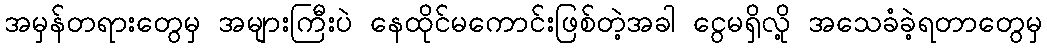
အမှန်တရားတွေမှ အများကြီးပဲ နေထိုင်မကောင်းဖြစ်တဲ့အခါ ငွေမရှိလို့ အသေခံခဲ့ရတာတွေမှ